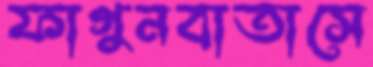
ফাগুনবাতাসে